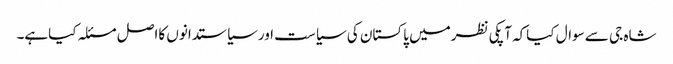
شاہ جی سے سوال کیاکہ آپکی نظرمیں پاکستان کی سیاست اورسیاستدانوں کااصل مسئلہ کیاہے۔